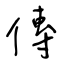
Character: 傳